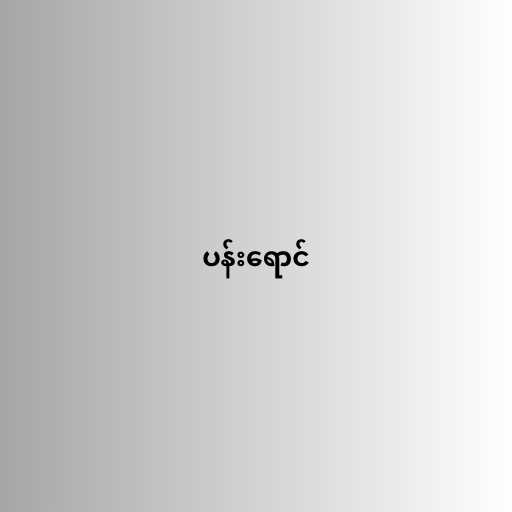
ပန်းရောင်